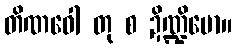
တိဏဝေါ တု စ ဍိဏ္ဍိမော။